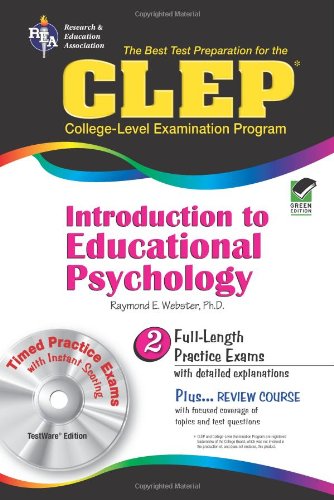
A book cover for CLEPÂ® Introduction to Educational Psychology w/CD (CLEP Test Preparation); Dr. Raymond E. Webster Ph.D.; Test Preparation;